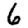
Digit: 6